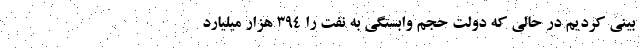
بینی کردیم در حالی که دولت حجم وابستگی به نفت را 394 هزار میلیارد